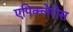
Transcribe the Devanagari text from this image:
एपिक्लेरोस